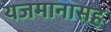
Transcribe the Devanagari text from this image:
यजमानासह